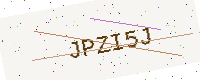
Text: JPZI5J